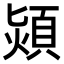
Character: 熲